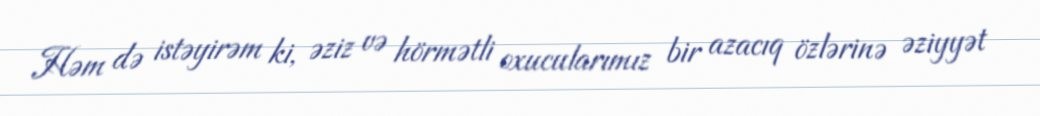
Həm də istəyirəm ki, əziz və hörmətli oxucularımız bir azacıq özlərinə əziyyət